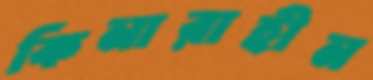
কিনারাহীন